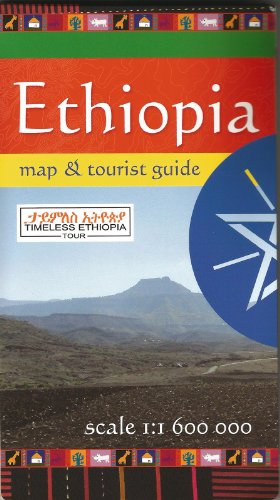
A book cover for Ethiopia Map and Tourist Guide; Andrzej Zarzecki; Travel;